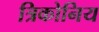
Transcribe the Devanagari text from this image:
त्रिकोनिय